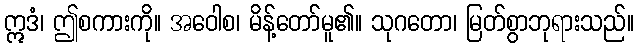
ဣဒံ၊ ဤစကားကို။ အဝေါစ၊ မိန့်တော်မူ၏။ သုဂတော၊ မြတ်စွာဘုရားသည်။